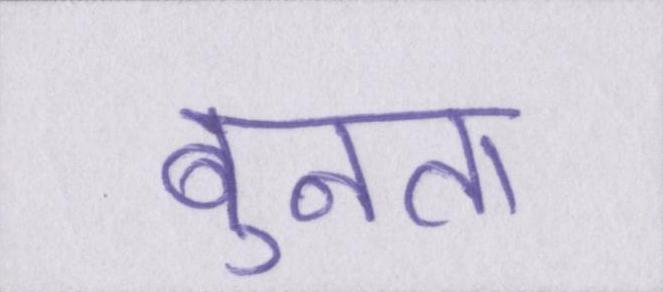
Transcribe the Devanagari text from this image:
बुनता